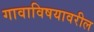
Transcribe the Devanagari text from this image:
गावाविषयावरील